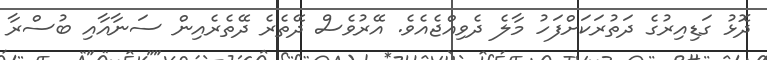
ދޮޅު ގަޑިއިރުގެ ދަތުރަކަށްފަހު މާލެ ދެވިއްޖެއެވެ. އޭރުވެސް ދޭތެރެ ދޭތެރެއިން ސަނާއާއި ބުސްރާ